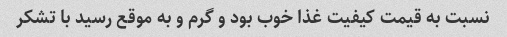
نسبت به قیمت کیفیت غذا خوب بود و گرم و به موقع رسید با تشکر